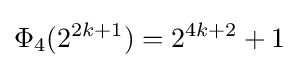
\Phi _{4}(2^{2k+1})=2^{4k+2}+1